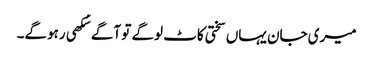
میری جان یہاں سختی کاٹ لوگے تو آگے سُکھی رہوگے۔